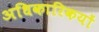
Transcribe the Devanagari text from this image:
अधिकारिकयों